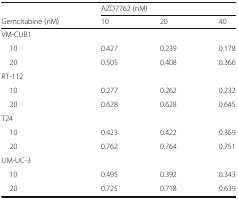
<table><thead><tr><td></td><td colspan="3"><b>AZD7762 (nM)</b></td></tr><tr><td><b>Gemcitabine (nM)</b></td><td><b>10</b></td><td><b>20</b></td><td><b>40</b></td></tr></thead><tbody><tr><td colspan="4">VM-CUB1</td></tr><tr><td> 10</td><td>0.427</td><td>0.239</td><td>0.178</td></tr><tr><td> 20</td><td>0.505</td><td>0.408</td><td>0.366</td></tr><tr><td colspan="4">RT-112</td></tr><tr><td> 10</td><td>0.277</td><td>0.262</td><td>0.232</td></tr><tr><td> 20</td><td>0.628</td><td>0.628</td><td>0.645</td></tr><tr><td colspan="4">T24</td></tr><tr><td> 10</td><td>0.423</td><td>0.422</td><td>0.369</td></tr><tr><td> 20</td><td>0.762</td><td>0.764</td><td>0.751</td></tr><tr><td colspan="4">UM-UC-3</td></tr><tr><td> 10</td><td>0.495</td><td>0.392</td><td>0.343</td></tr><tr><td> 20</td><td>0.725</td><td>0.718</td><td>0.639</td></tr></tbody></table>